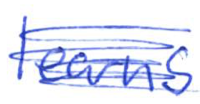
Text: learns
Cross-out: mix
Writing tool: ballpoint